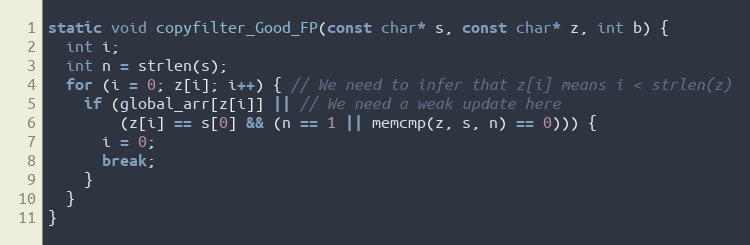
Language: C
static void copyfilter_Good_FP(const char* s, const char* z, int b) {
  int i;
  int n = strlen(s);
  for (i = 0; z[i]; i++) { // We need to infer that z[i] means i < strlen(z)
    if (global_arr[z[i]] || // We need a weak update here
        (z[i] == s[0] && (n == 1 || memcmp(z, s, n) == 0))) {
      i = 0;
      break;
    }
  }
}